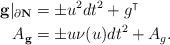
LaTeX: \begin{align*}{\bf g} |_{\partial \bf N} &= \pm u^2 dt^2 + g^\intercal\\A_{\bf g} &= \pm u \nu ( u) dt^2 + A_g.\end{align*}